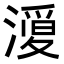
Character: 𭲦